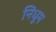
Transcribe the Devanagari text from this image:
निधूम